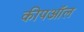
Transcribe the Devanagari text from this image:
कीपऑल